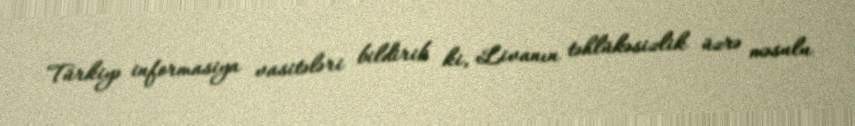
Türkiyə informasiya vasitələri bildirib ki, Livanın təhlükəsizlik üzrə məsulu